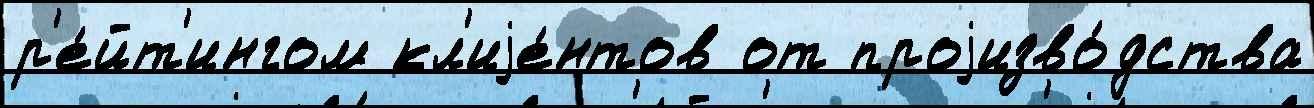
р'е́йт'ингом кл'иjе́нтов от проjизво́дства